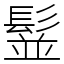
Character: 䰃